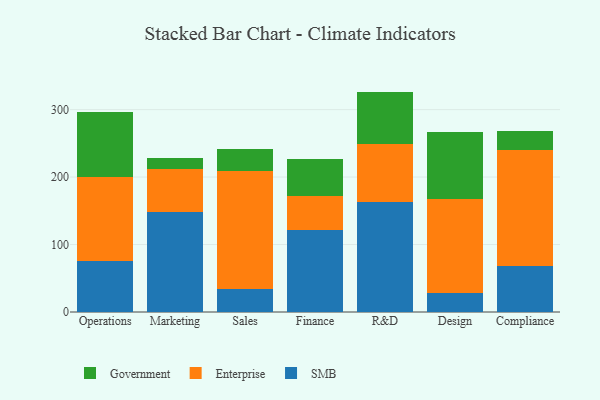
{"axis": {"x": "Department", "y": "LTV (USD)"}, "legend": ["Enterprise", "Government", "SMB"], "data": [{"x": "Operations", "y": 76.0, "type": "SMB"}, {"x": "Operations", "y": 124.1, "type": "Enterprise"}, {"x": "Operations", "y": 95.9, "type": "Government"}, {"x": "Marketing", "y": 148.8, "type": "SMB"}, {"x": "Marketing", "y": 63.4, "type": "Enterprise"}, {"x": "Marketing", "y": 16.5, "type": "Government"}, {"x": "Sales", "y": 33.6, "type": "SMB"}, {"x": "Sales", "y": 175.7, "type": "Enterprise"}, {"x": "Sales", "y": 32.1, "type": "Government"}, {"x": "Finance", "y": 121.0, "type": "SMB"}, {"x": "Finance", "y": 50.4, "type": "Enterprise"}, {"x": "Finance", "y": 55.7, "type": "Government"}, {"x": "R&D", "y": 163.5, "type": "SMB"}, {"x": "R&D", "y": 86.2, "type": "Enterprise"}, {"x": "R&D", "y": 77.0, "type": "Government"}, {"x": "Design", "y": 28.0, "type": "SMB"}, {"x": "Design", "y": 140.0, "type": "Enterprise"}, {"x": "Design", "y": 99.1, "type": "Government"}, {"x": "Compliance", "y": 68.2, "type": "SMB"}, {"x": "Compliance", "y": 172.1, "type": "Enterprise"}, {"x": "Compliance", "y": 27.6, "type": "Government"}]}